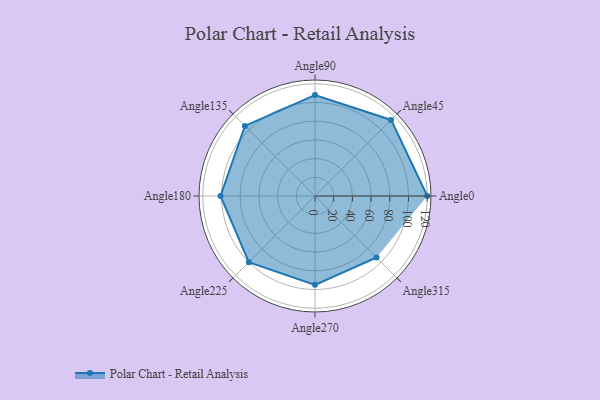
{"axis": {"x": "Angle", "y": "Radius"}, "legend": [""], "data": [{"x": "Angle0", "y": 120.0, "type": ""}, {"x": "Angle45", "y": 115.0, "type": ""}, {"x": "Angle90", "y": 108.0, "type": ""}, {"x": "Angle135", "y": 106.0, "type": ""}, {"x": "Angle180", "y": 101.0, "type": ""}, {"x": "Angle225", "y": 100.0, "type": ""}, {"x": "Angle270", "y": 95.0, "type": ""}, {"x": "Angle315", "y": 93.0, "type": ""}]}